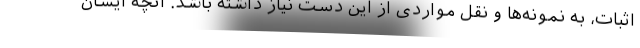
اثبات، به نمونه‌ها و نقل مواردی از این دست نیاز داشته باشد. آنچه ایشان